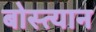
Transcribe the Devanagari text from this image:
बोस्त्यान